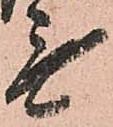
無